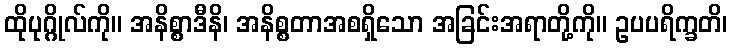
ထိုပုဂ္ဂိုလ်ကို။ အနိစ္စာဒီနိ၊ အနိစ္စတာအစရှိသော အခြင်းအရာတို့ကို။ ဥပပရိက္ခတိ၊